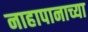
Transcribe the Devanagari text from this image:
नाहापानाच्या